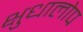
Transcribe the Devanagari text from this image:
क्षुधालोप